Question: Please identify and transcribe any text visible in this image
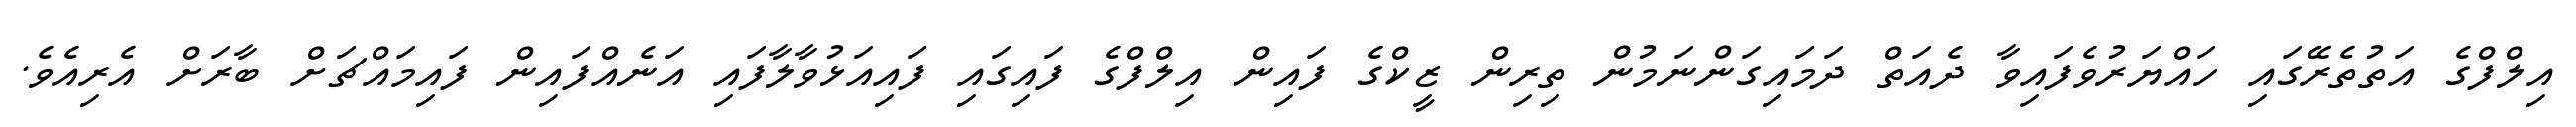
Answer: އިލްފްގެ އަތުތެރޭގައި ހައްޔަރުވެފައިވާ ދެއަތް ދަމައިގަންނަމުން ތިރިން ޒީކްގެ ފައިން އިލްފްގެ ފައިގައި ފައިއަޅުވާލާފައި އަނެއްފައިން ފައިމައްޗަށް ބާރަށް އެރިއެވެ.